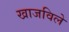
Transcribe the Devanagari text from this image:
खाजविले